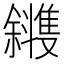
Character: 𪯰